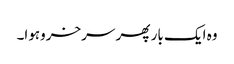
وہ ایک بار پھر سرخروہوا۔